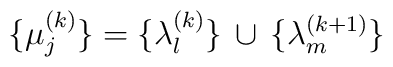
\lbrace\mu_j^{(k)}\rbrace=\lbrace\lambda_l^{(k)}\rbrace\,\cup\,\lbrace\lambda_m^{(k+1)}\rbrace